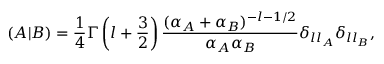
( A | B ) = \frac { 1 } { 4 } \Gamma \left( l + \frac { 3 } { 2 } \right) \frac { ( \alpha _ { A } + \alpha _ { B } ) ^ { - l - 1 / 2 } } { \alpha _ { A } \alpha _ { B } } \delta _ { l l _ { A } } \delta _ { l l _ { B } } ,